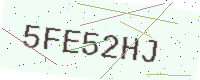
Text: 5FE52HJ